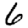
Digit: 6